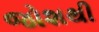
જોશથી